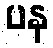
ပန